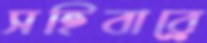
সহিবারে